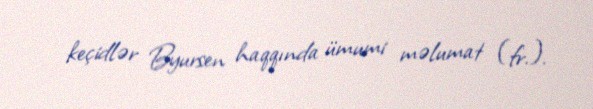
keçidlər Byursen haqqında ümumi məlumat (fr.).